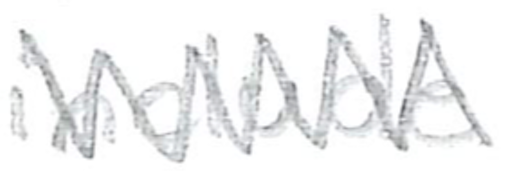
Text: include
Cross-out: zig-zag
Writing tool: pencil